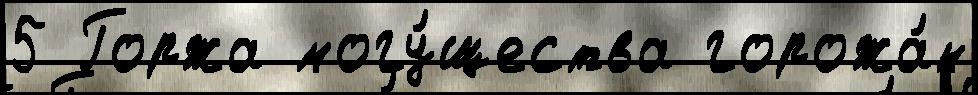
5 Горжа могу́щества горожа́н